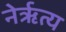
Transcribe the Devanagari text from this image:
नेर्ऋत्य